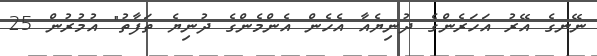
ނޭނގެ އޭރު އަހަރެންގެ ދުނިޔެއާ އެހެން އެންމެންގެ ދުނިޔެ ތަފާތުު" އުމުރުން 25